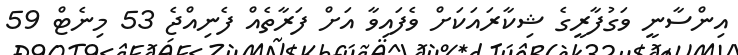
އިންސާނީ ވަގުފާރީގެ ޝިކާރައަކަށް ވެފައިވާ އަށް ފަރާތެއް ފެނިއްޖެ 53 މިނެޓް 59